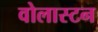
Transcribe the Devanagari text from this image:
वोलास्टन